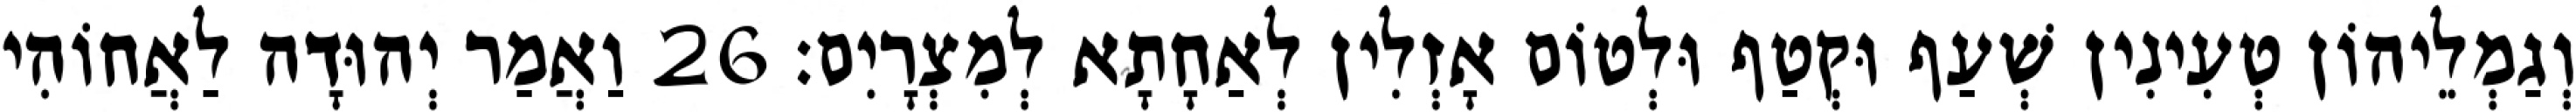
וְגַמְלֵיהוֹן טְעִינִין שְׁעַף וּקְטַף וּלְטוֹם אָזְלִין לְאַחָתָא לְמִצְרָיִם׃ 26 וַאֲמַר יְהוּדָה לַאֲחוֹהִי